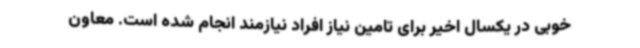
خوبی در یکسال اخیر برای تامین نیاز افراد نیازمند انجام شده است. معاون